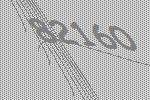
82160